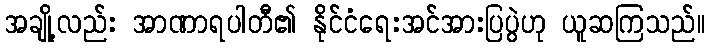
အချို့လည်း အာဏာရပါတီ၏ နိုင်ငံရေးအင်အားပြပွဲဟု ယူဆကြသည်။